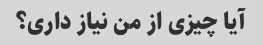
آیا چیزی از من نیاز داری؟